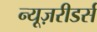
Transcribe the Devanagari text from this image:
न्यूज़रीडर्स